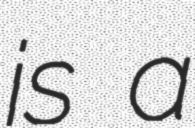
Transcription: is a